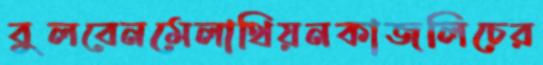
বুলবেনমেলাথিয়নকাজলিচের